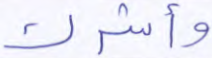
وأشرك